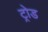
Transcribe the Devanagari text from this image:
ट्रोड